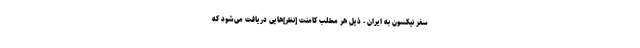
سفر نیکسون به ایران - ذیل هر مطلب کامنت [نظر]‌هایی دریافت می‌شود که